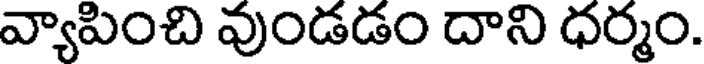
వ్యాపించి వుండడం దాని ధర్మం.